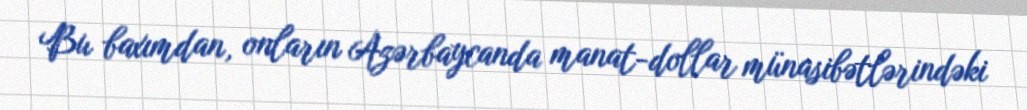
Bu baxımdan, onların Azərbaycanda manat-dollar münasibətlərindəki